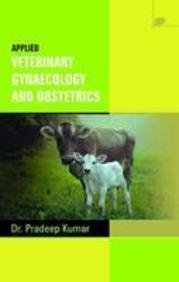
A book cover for Applied Veterinary gynaecology and Obstetrics; Pradeep Kumar; Medical Books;